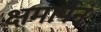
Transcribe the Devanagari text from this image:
क्षमापनं